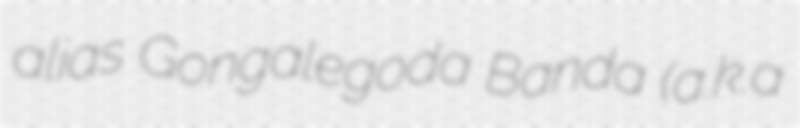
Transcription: alias Gongalegoda Banda (a.k.a